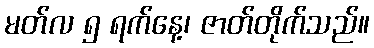
မတ်လ ၅ ရက်နေ့၊ ဇာတ်တိုက်သည်။